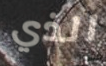
الذي